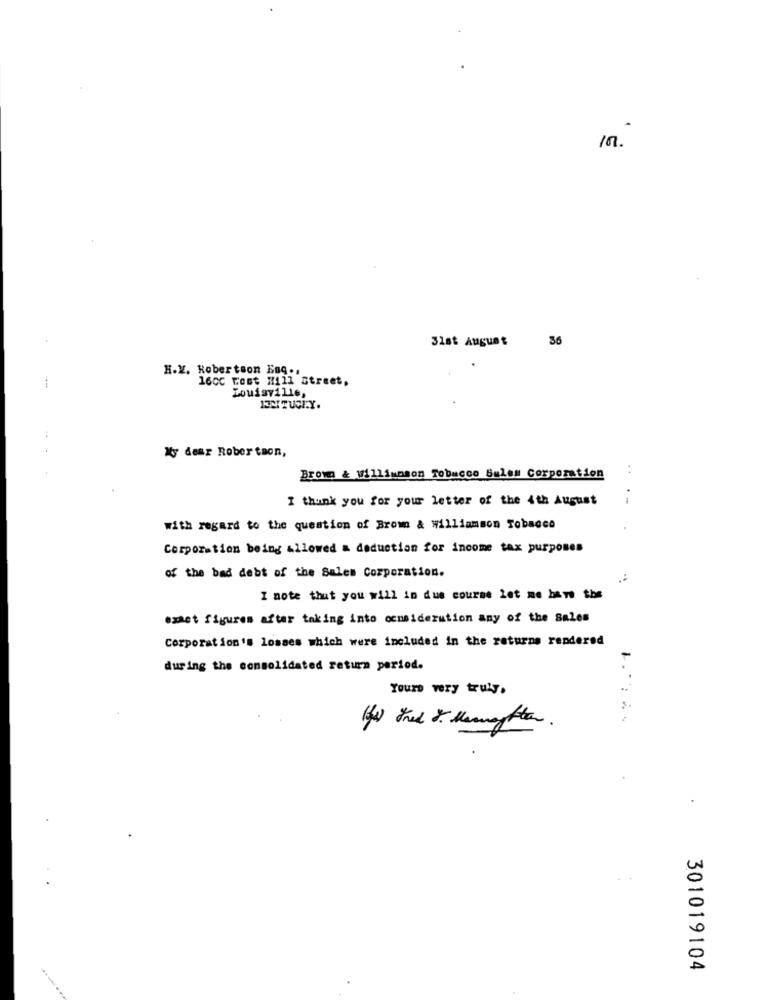
in.
31st August
36
H.X. Robertson Bog .,
1600 Cost Mill Street.
My dear Robertson,
Brown & williamson Tobacco Sulem Corporation
I thank you for your letter of the 4th August
with regard to the question of Brow & williamson Tobacco
Corporation being allowed a deduction for income tax purposes
of the bad debt of the Sales Corporation.
I note that you will in due course let me have the
exact figures after taking into consideration any of the Sales
Corporation's losses which were included in the returns rendered
during the consolidated return period.
Yours very truly.
301019104